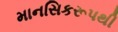
માનસિકરૂપથી